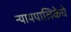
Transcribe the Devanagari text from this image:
न्यायपालिकेचे